Indian journal of veterinary science and animal husbandry - Volume 11,
Year: 1941
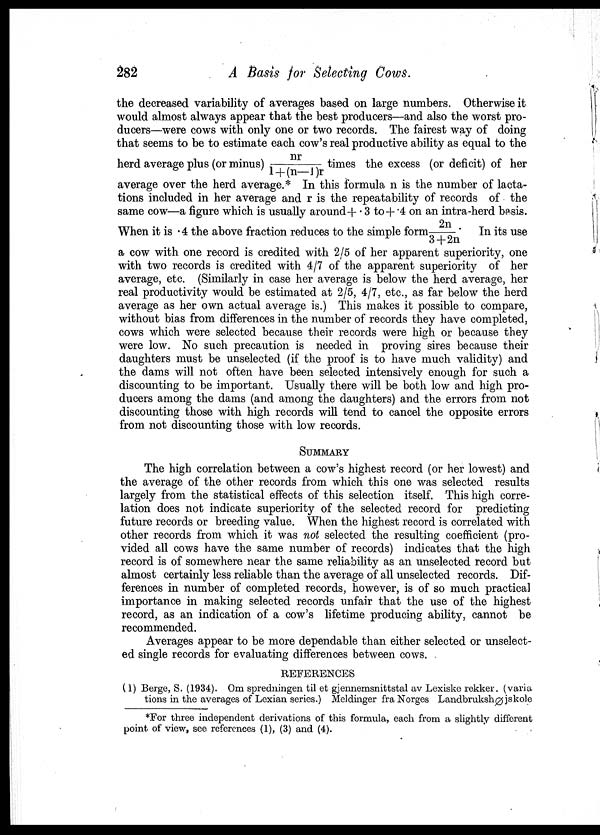
282
A Basis for Selecting Cows.
the decreased variability of averages based on large numbers. Otherwise it
would almost always appear that the best producers—and also the worst pro-
ducers—were cows with only one or two records. The fairest way of doing
that seems to be to estimate each cow's real productive ability as equal to the
herd average plus (or minus) nr/1+(n—1)r times the excess (or deficit) of her
average over the herd average.* In this formula n is the number of lacta-
tions included in her average and r is the repeatability of records of the
same cow—a figure which is usually around +.3 to + .4 on an intra-herd basis.
When it is .4 the above fraction reduces to the simple form 2n/3+2n. In its use
a cow with one record is credited with 2/5 of her apparent superiority, one
with two records is credited with 4/7 of the apparent superiority of her
average, etc. (Similarly in case her average is below the herd average, her
real productivity would be estimated at 2/5, 4/7, etc., as far below the herd
average as her own actual average is.) This makes it possible to compare,
without bias from differences in the number of records they have completed,
cows which were selected because their records were high or because they
were low. No such precaution is needed in proving sires because their
daughters must be unselected (if the proof is to have much validity) and
the dams will not often have been selected intensively enough for such a
discounting to be important. Usually there will be both low and high pro-
ducers among the dams (and among the daughters) and the errors from not
discounting those with high records will tend to cancel the opposite errors
from not discounting those with low records.
SUMMARY
The high correlation between a cow's highest record (or her lowest) and
the average of the other records from which this one was selected results
largely from the statistical effects of this selection itself. This high corre-
lation does not indicate superiority of the selected record for predicting
future records or breeding value. When the highest record is correlated with
other records from which it was not selected the resulting coefficient (pro-
vided all cows have the same number of records) indicates that the high
record is of somewhere near the same reliability as an unselected record but
almost certainly less reliable than the average of all unselected records. Dif-
ferences in number of completed records, however, is of so much practical
importance in making selected records unfair that the use of the highest
record, as an indication of a cow's lifetime producing ability, cannot be
recommended.
Averages appear to be more dependable than either selected or unselect-
ed single records for evaluating differences between cows.
REFERENCES
(1) Berge, S. (1934). Om spredningen til et gjennemsnittstal av Lexiske rekker. (varia
tions in the averages of Lexian series.) Meldinger fra Norges LandbrukshØjskole
*For three independent derivations of this formula, each from a slightly different
point of view, see references (1), (3) and (4).